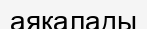
аяқалады